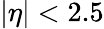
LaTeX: |\eta|<2.5